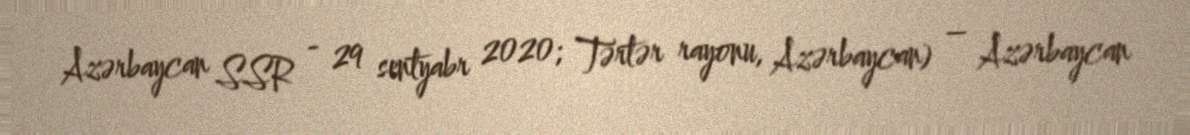
Azərbaycan SSR - 29 sentyabr 2020; Tərtər rayonu, Azərbaycan) – Azərbaycan